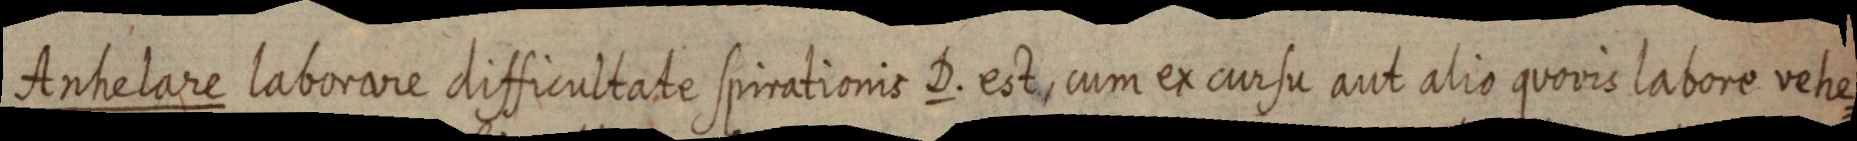
Anhelare laborare difficultate spirationis D. est, cum ex cursu aut alio quovis labore vehe